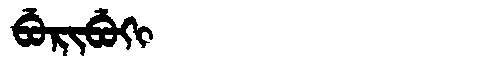
Manchu: ᠪᡠᡵᡳᠪᡠᡴᡳ
Romanization: BURIBUKI